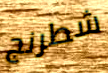
شطرنج